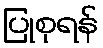
ပြုစုရန်